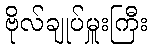
ဗိုလ်ချုပ်မှူးကြီး